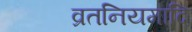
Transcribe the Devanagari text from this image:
व्रतनियमादि